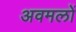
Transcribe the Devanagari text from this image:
अवमलों